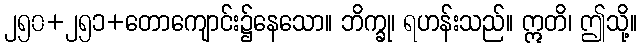
၂၅၀+၂၅၁+တောကျောင်း၌နေသော။ ဘိက္ခု၊ ရဟန်းသည်။ ဣတိ၊ ဤသို့။